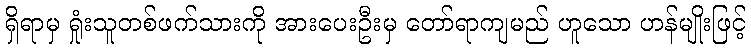
ရှိရာမှ ရှုံးသူတစ်ဖက်သားကို အားပေးဦးမှ တော်ရာကျမည် ဟူသော ဟန်မျိုးဖြင့်